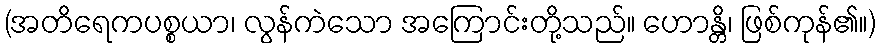
(အတိရေကပစ္စယာ၊ လွန်ကဲသော အကြောင်းတို့သည်။ ဟောန္တိ၊ ဖြစ်ကုန်၏။)